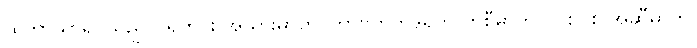
ထိုဘာသာရပ်သည် ပရိုတင်း အသားဓာတ်၊ ကာဗိုဟိုက်ဒရိတ် ကစီဓာတ်၊ လစ်ပစ် အဆီဓာတ်၊